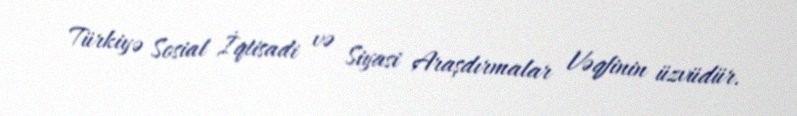
Türkiyə Sosial İqtisadi və Siyasi Araşdırmalar Vəqfinin üzvüdür.